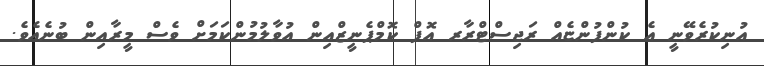
އުނިކުރެވޭނީ އެ ކުންފުންޏެއް ރަޖިސްޓްރާރ އޮފް ކޮމްޕެނީޒްއިން އުވާލުމުންކަމަށް ވެސް މީރާއިން ބުނެއެވެ.